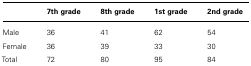
<table><thead><tr><td></td><td><b>7th grade</b></td><td><b>8th grade</b></td><td><b>1st grade</b></td><td><b>2nd grade</b></td></tr></thead><tbody><tr><td>Male</td><td>36</td><td>41</td><td>62</td><td>54</td></tr><tr><td>Female</td><td>36</td><td>39</td><td>33</td><td>30</td></tr><tr><td>Total</td><td>72</td><td>80</td><td>95</td><td>84</td></tr></tbody></table>